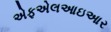
એફએલઆઇઆર